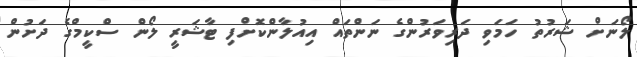
ލޯނަށް ޝަރުތު ހަމަވި ދަރިވަރުންގެ ނަންތައް އިއުލާންކޮށްފި ޓާޝަރީ ލޯން ސްކީމްގެ ދަށުން